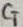
Text: CT